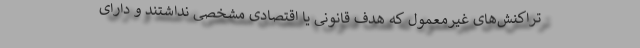
تراکنش‌های غیرمعمول که هدف قانونی یا اقتصادی مشخصی نداشتند و دارای